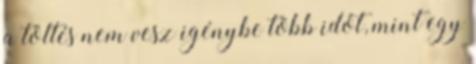
a töltés nem vesz igénybe több időt, mint egy